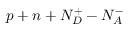
p + n + N _ { D } ^ { + } - N _ { A } ^ { - }